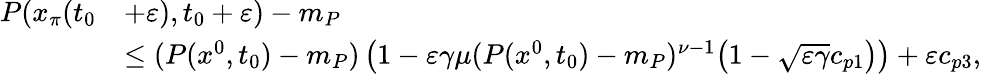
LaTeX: \begin{array}{rl}{P(x_{\pi}(t_{0}}&{+\varepsilon),t_{0}+\varepsilon)-m_{P}}\\ &{\le(P(x^{0},t_{0})-m_{P})\left(1-\varepsilon\gamma\mu(P(x^{0},t_{0})-m_{P})^{\nu-1}\big(1-\sqrt{\varepsilon\gamma}c_{p1}\big)\right)+\varepsilon c_{p3},}\end{array}